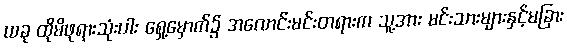
ယခု ထိုမိဖုရားသုံးပါး ရှေ့မှောက်၌ အလောင်းမင်းတရားက သူ့အား မင်းသားများနှင့်မခြား